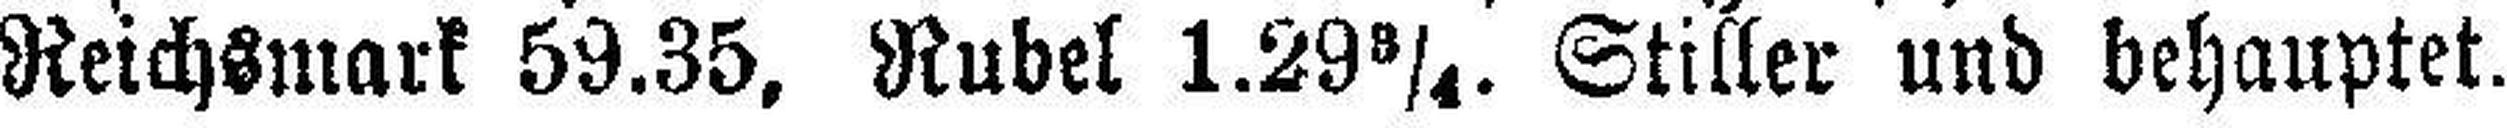
Reichsmark 59.35, Rubel 1.29¾. Stiller und behauptet.